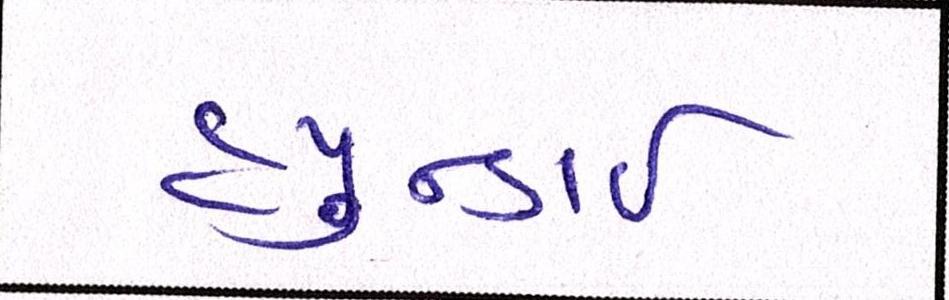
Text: હ્યુન્ડાઇ